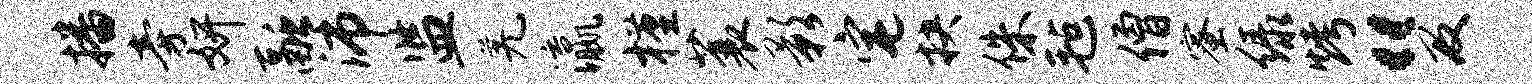
播旁妍融沛监羌瀛槿蓑影宅抉侏毡僧蜜绿烤“及